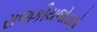
રાજકીયજોડાણો